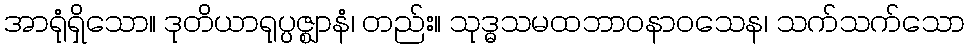
အာရုံရှိသော။ ဒုတိယာရုပ္ပဇ္ဈာနံ၊ တည်း။ သုဒ္ဓသမထဘာဝနာဝသေန၊ သက်သက်သော